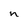
Character: n